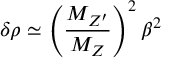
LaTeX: \delta \rho \simeq \left( \frac { M _ { Z ^ { \prime } } } { M _ { Z } } \right) ^ { 2 } \beta ^ { 2 }